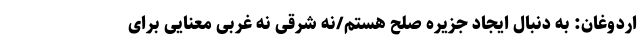
اردوغان: به دنبال ایجاد جزیره صلح هستم/نه شرقی نه غربی معنایی برای